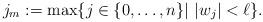
LaTeX: \begin{align*}j_m:= \max\{ j\in \{0,\dotsc ,n\}| \ |w_{j}|<\ell\}.\end{align*}